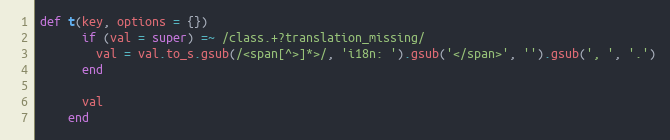
Language: Ruby
def t(key, options = {})
      if (val = super) =~ /class.+?translation_missing/
        val = val.to_s.gsub(/<span[^>]*>/, 'i18n: ').gsub('</span>', '').gsub(', ', '.')
      end

      val
    end